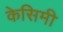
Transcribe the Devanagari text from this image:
केसिमी